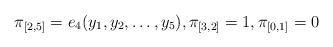
LaTeX: \begin{align*} \pi_{[2,5]}= e_4(y_1,y_2,\ldots,y_5), \pi_{[3,2]} = 1, \pi_{[0,1]} = 0\end{align*}